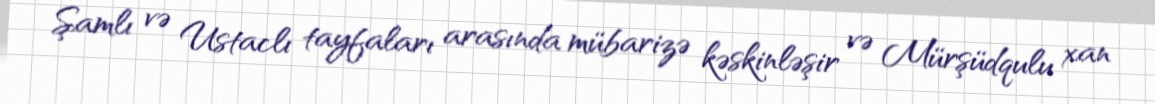
Şamlı və Ustaclı tayfaları arasında mübarizə kəskinləşir və Mürşüdqulu xan